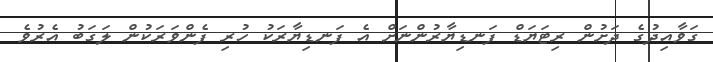
ގަވާއިދުގެ ދަށުން ރިޓަޔަޑް ފަނޑިޔާރުންނަށް އެ ފަނޑިޔާރަކު ހުރި ފެންވަރަކުން ލަގަބު އެރުވެ